Civil Veterinary Department Bihar reports 1940-50 - 1940-1950
Year: 1940
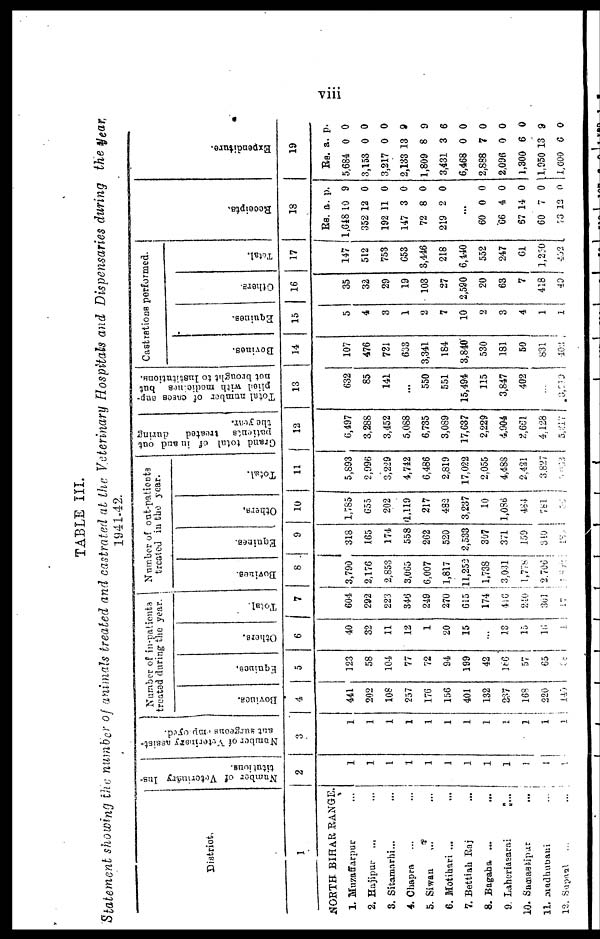
viii
TABLE III.
Statement showing the number of animals treated and castrated at the Veterinary Hospitals and Dispensaries during the year,
1941-42.
District,
1
NORTH BIHAR RANGE.
1. Muzaffarpur ...
2. Hajipur ... ...
3. Sitamarhi ... ...
4. Chapra ... ...
5. Siwau ... ...
6. Motihari ... ...
7. Bettiab Raj ...
8. Bagaha ... ...
9 Laheriasarai ...
10. Samassipur
...
11. Madhubani ...
12. Supaul
...
...
Number of Veterinary Ins-
titutions.
2
1
1
1
1
1
1
1
1
1
1
1
1
Number of Veterinary assist-
ant surgeons rny-oyed.
3
1
1
1
1
1
1
1
1
1
1
1
1
Number of in-patients
treated during the year.
Bovince.
4
441
202
108
257
176
156
401
132
237
168
220
145
Equince.
5
123
58
104
77
72
94
199
42
166
57
65
88
Others.
6
40
32
11
12
1
20
15
13
15
15
1
Total.
7
604
292
223
346
249
270
615
174
416
240
301
17
Number of out-patients
treated in the year.
Bovines.
8
3,790
2,176
2,853
3,065
6,007
1,817
11,252
1,738
3,031
1.778
2,706
1835
Equines
9
318
165
174
558
262
520
2,533
307
371
159
310
180
Others.
10
1,785
655
202
4,119
217
482
3,237
10
1,086
484
78l
55
Total.
11
5,893
2,996
3,2:29
4,742
6,486
2,819
17,022
2,055
4,488
2,421
3.827
5,603
Grand total of in and out
patients
treated
during
the year.
12
6,497
3,288
3,452
5,088
6,735
3,089
17,637
2,229
4,904
2,651
4,128
5,217
Total number of cases sup-
plioil with modic.nos but
not brought to lustitutiona.
13
632
85
141
...
550
551
15,494
115
3,847
402
...
3,919
Castrations performed.
Bovines.
14
107
476
721
633
3,341
184
3,840
530
181
50
831
102
Equines
15
5
4
3
1
2
7
10
2
3
4
1
1
Others.
16
35
32
29
19
103
27
2,590
20
63
7
418
40
Total.
17
147
512
753
653
3,446
218
6,140
552
247
61
1,230
452
Receipts.
1
8
Rs.
1,648
352
192
147
72
219
..
60
66
67
60
73
a.
10
12
11
3
8
2
.
0
4
14
7
12
p.
9
0
0
0
0
0
0
0
0
0
0
Expenditure.
19
Rs.
5,684
3,153
3,217
2,133
1,809
3,431
6,468
2,888
2,096
1,300
1,950
1,600
a.
0
0
0
13
8
3
0
7
0
6
13
6
p.
0
0
0
9
9
6
0
0
0
0
9
0